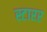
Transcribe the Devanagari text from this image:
स्टारर